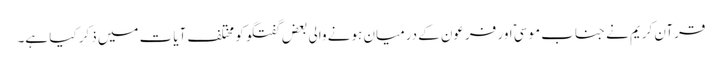
قرآن کریم نے جناب موسیؑ اور فرعون کے درمیان ہونے والی بعض گفتگو کو مختلف آیات میں ذکر کیا ہے۔